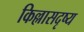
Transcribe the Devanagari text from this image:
किल्लासदृष्य